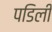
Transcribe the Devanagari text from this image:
पडिली